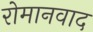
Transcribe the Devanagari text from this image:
रोमानवाद